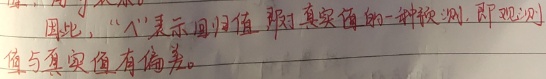
因此，“$\hat{}$”表示回归值，是对真实值的一种预测。观测值与真实值有偏差。